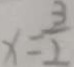
x = \frac { 3 } { 2 }